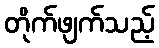
တိုက်ဖျက်သည့်